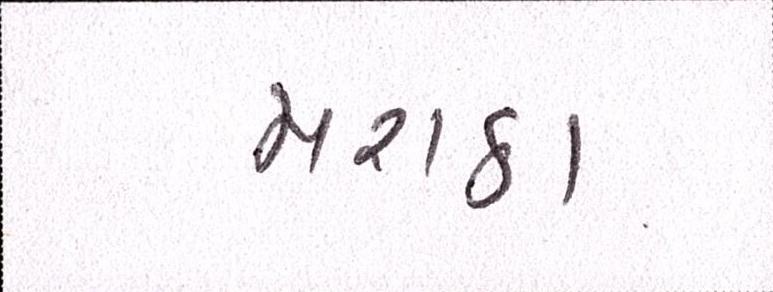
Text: મરાઠા